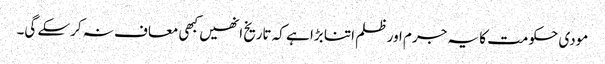
مودی حکومت کا یہ جرم اور ظلم اتنا بڑا ہے کہ تاریخ انھیں کبھی معاف نہ کرسکے گی۔